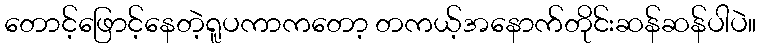
တောင့်ဖြောင့်နေတဲ့ရူပကာကတော့ တကယ့်အနောက်တိုင်းဆန်ဆန်ပါပဲ။